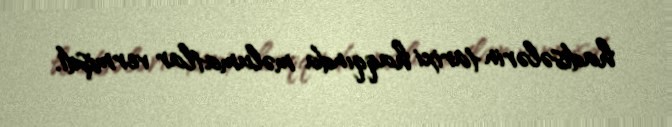
hadisələrin tarixi haqqında məlumatlar vermişdi.